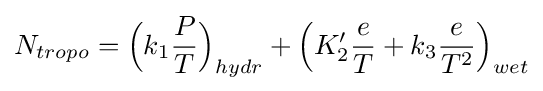
N_{tropo}={\Bigl (}k_{1}{\frac {P}{T}}{\Bigr )}_{hydr}+{\Bigl (}K'_{2}{\frac {e}{T}}+k_{3}{\frac {e}{T^{2}}}{\Bigr )}_{wet}